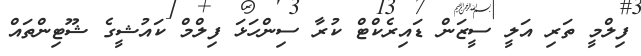
ފިލްމީ ތަރި އަލީ ސީޒަން ޑައިރެކްޓް ކުރާ ސިންހަޅަ ފިލްމް ކައުޝީގެ ޝޫޓިންތައް